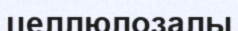
целлюлозалы